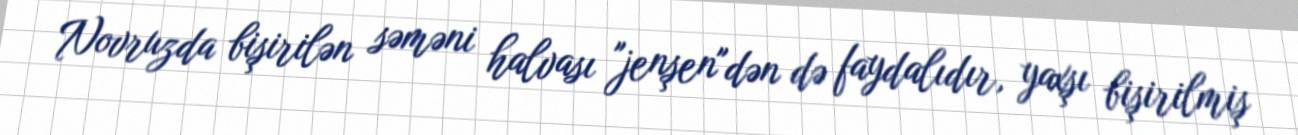
Novruzda bişirilən səməni halvası "jenşen"dən də faydalıdır, yaxşı bişirilmiş